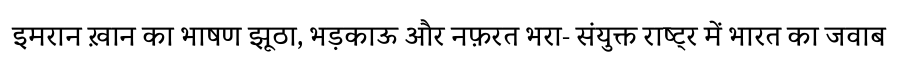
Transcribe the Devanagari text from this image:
इमरान ख़ान का भाषण झूठा, भड़काऊ और नफ़रत भरा- संयुक्त राष्ट्र में भारत का जवाब